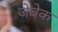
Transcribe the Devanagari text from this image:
जेबेक